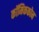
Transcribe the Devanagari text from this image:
कॉमिककोन